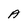
Character: A